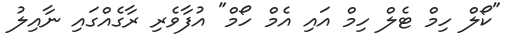
"ކޯލް ހިމް ޓެލް ހިމް އައި އެމް ހޯމް" އުފާވެރި ރާގެއްގައި ނާއިލު